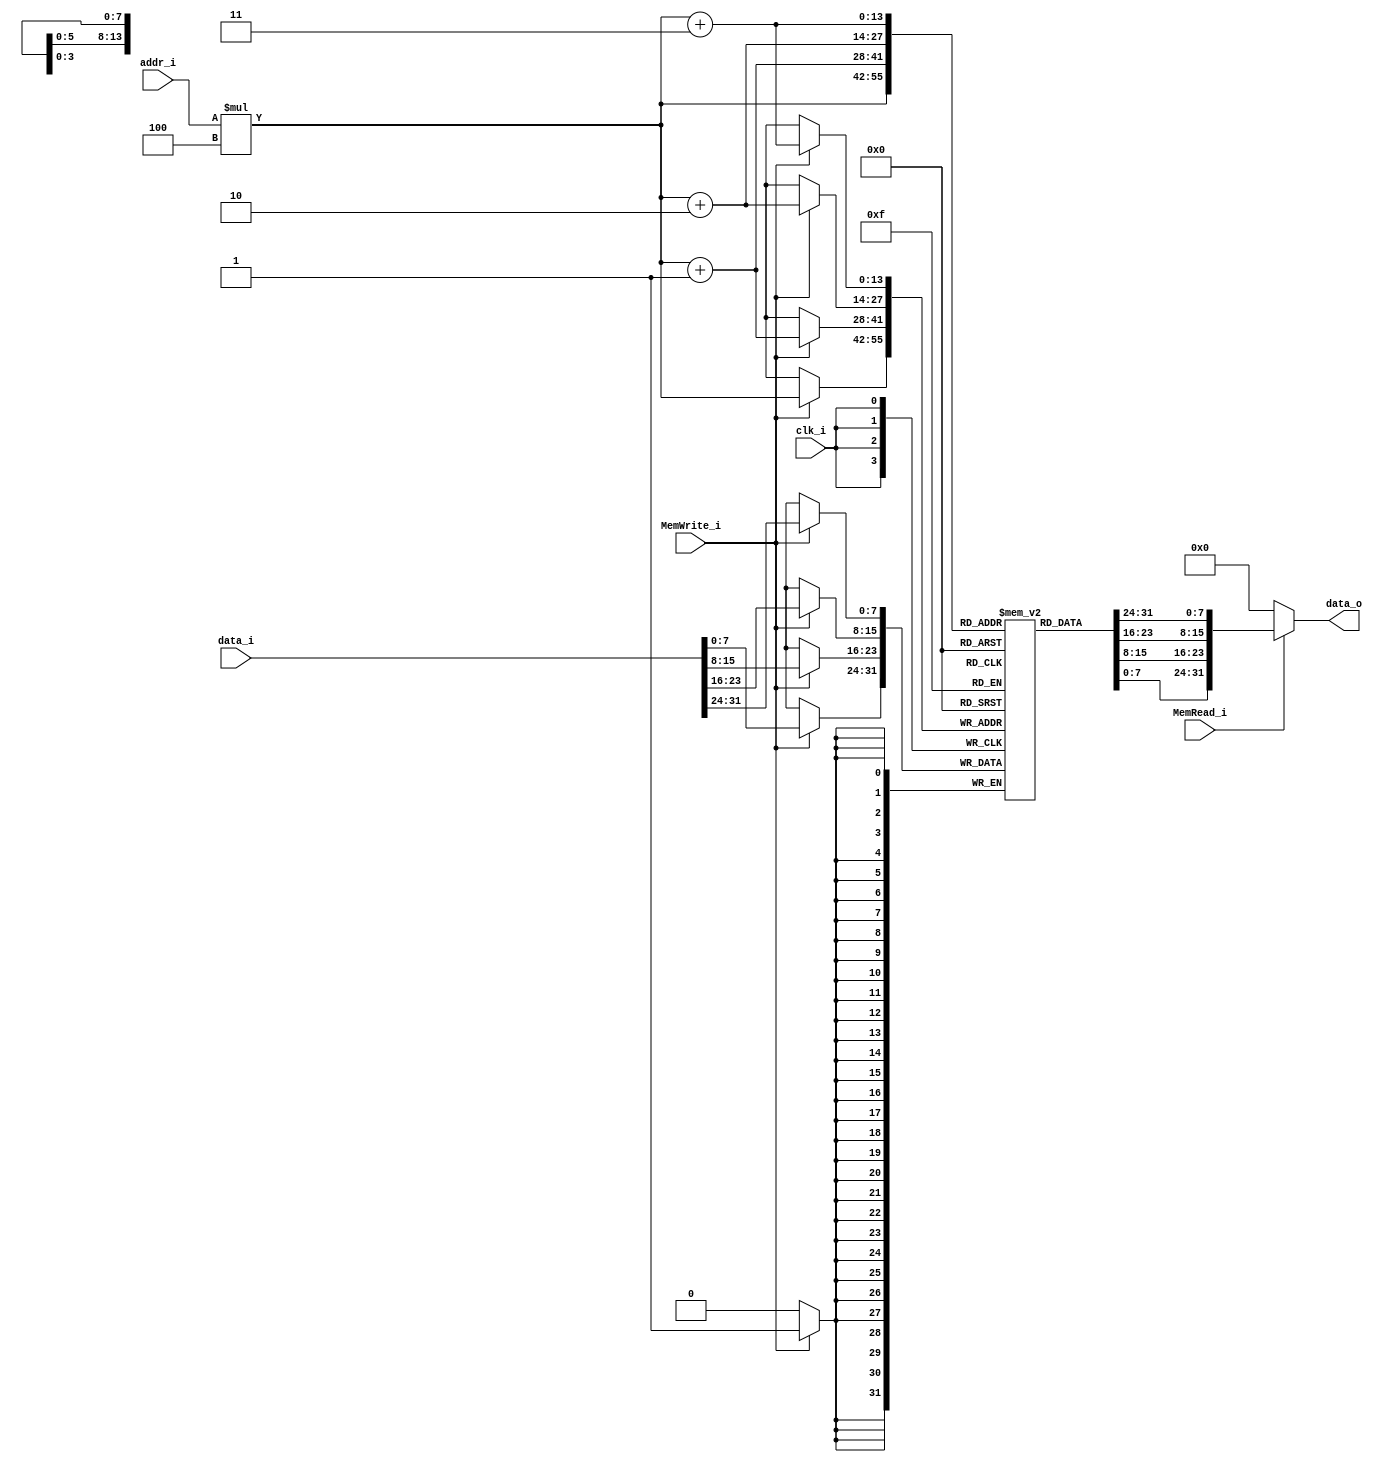
/***************************************************
Student Name: 
Student ID: group24_0816162_0812203
***************************************************/

`timescale 1ns / 1ps

module Data_Memory(
	input 			   clk_i,
	input 		[31:0] addr_i,
	input 		[31:0] data_i,
	input 	           MemRead_i,
	input 			   MemWrite_i,
	output wire [31:0] data_o
);

reg		[7:0]	Mem [0:16383];
integer			i;
wire	[31:0]	memory [0:4095];

genvar idx;
generate
    for( idx = 0; idx < 4096; idx = idx +1)
    begin
        assign memory[idx] = {Mem[idx*4+3], Mem[idx*4+2], Mem[idx*4+1], Mem[idx*4]};
    end
 endgenerate

initial begin
	for(i=0; i< 4*4096; i=i+1)
		Mem[i] = 8'b0;
end

always@(negedge clk_i) begin
    if(MemWrite_i) begin
		Mem[addr_i*4+3] <= data_i[31:24];
		Mem[addr_i*4+2] <= data_i[23:16];
		Mem[addr_i*4+1] <= data_i[15:8];
		Mem[addr_i*4]   <= data_i[7:0];
	end
end

assign data_o = (MemRead_i)?{Mem[addr_i*4+3], Mem[addr_i*4+2], Mem[addr_i*4+1], Mem[addr_i*4]}:32'd0;

endmodule